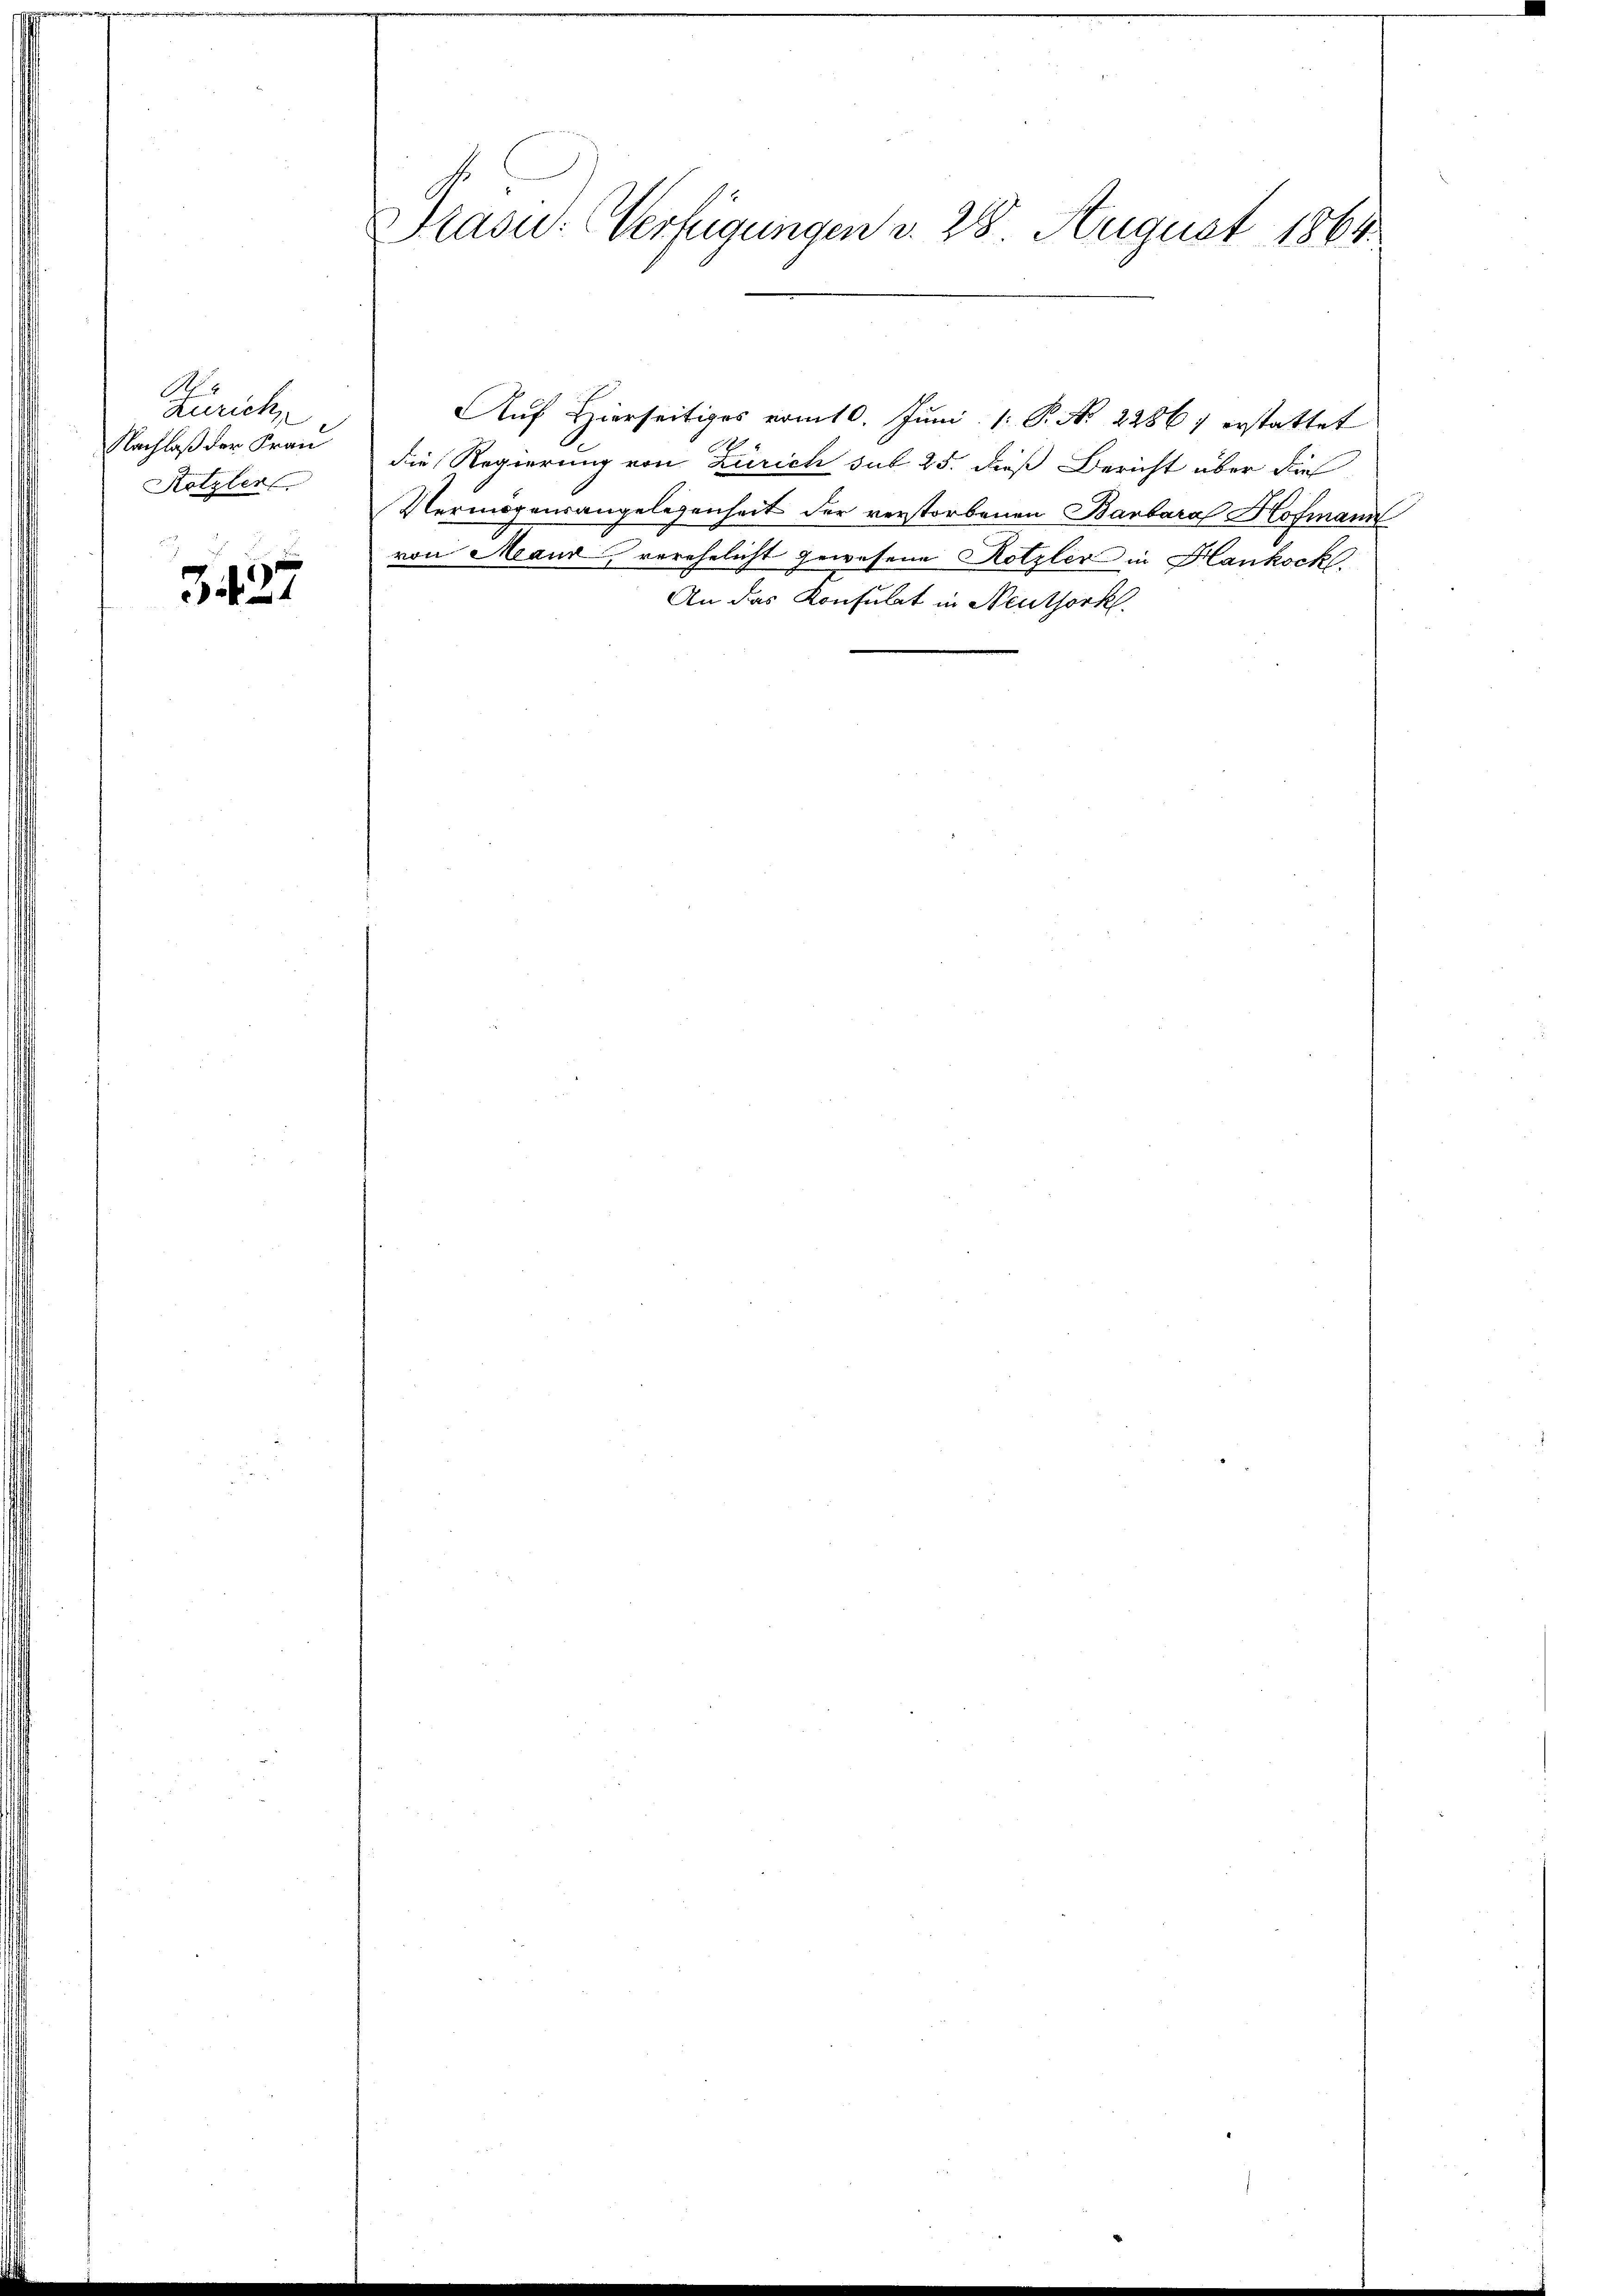
Zürich,
Nachlaß der Frau
Rötzler

3437

Präsid.: Verfügungen v. 28. August 1864.

Auf Hierseitiges vom 10. Jŭni 1: P. Nr. 2286) erstattet
die Regierung von Zürich sub 25. dieß Bericht über dies
Vermögensangelegenheit der verstorbenen Barbara Hofmann
von Maur, verehelicht gewesene Rotzler in Hankock.
An das Konsulat in Neuthork